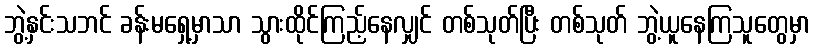
ဘွဲ့နှင်းသဘင် ခန်းမရှေ့မှာသာ သွားထိုင်ကြည့်နေလျှင် တစ်သုတ်ပြီး တစ်သုတ် ဘွဲ့ယူနေကြသူတွေမှာ